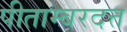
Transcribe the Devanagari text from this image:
पीताम्बरदत्त